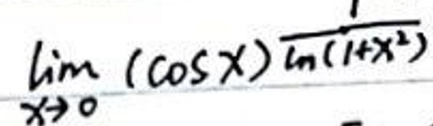
\(\lim_{x \to 0} (\cos x)^{\frac{1}{\ln(1 + x^2)}}\)